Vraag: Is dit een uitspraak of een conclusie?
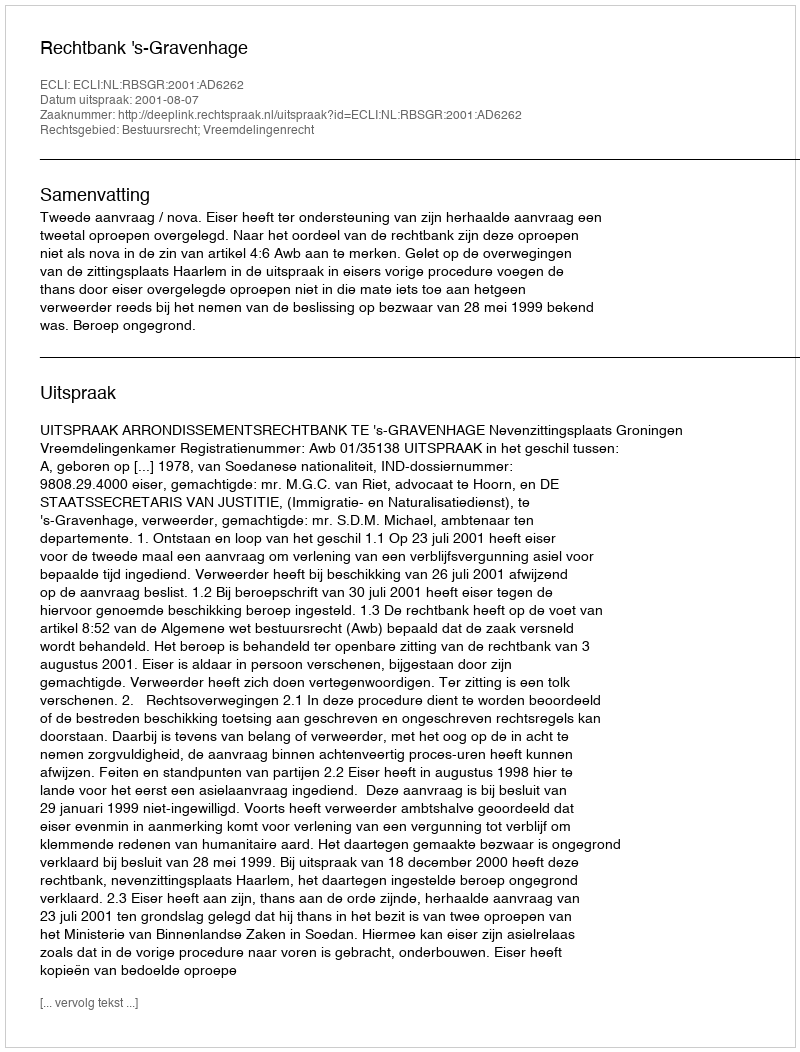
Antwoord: Uitspraak